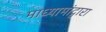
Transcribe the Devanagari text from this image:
माध्यामांद्वारा